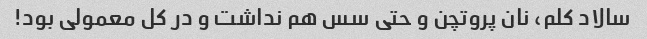
سالاد کلم، نان پروتچن و حتی سس هم نداشت و در کل معمولی بود!